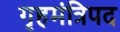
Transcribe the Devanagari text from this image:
गृहमंत्रिपद